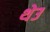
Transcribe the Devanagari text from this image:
थेउ